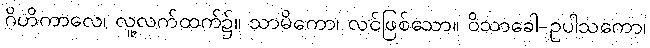
ဂိဟိကာလေ၊ လူ့လက်ထက်၌။ သာမိကော၊ လင်ဖြစ်သော။ ဝိသာခေါ-ဥပါသကော၊